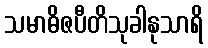
သမာဓိဇပီတိသုခါနုသာရိ